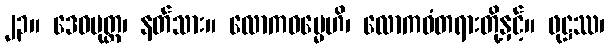
၂၃။ ဒေဝပုတ္တ၊ နတ်သား။ လောကဓမ္မေဟိ၊ လောကဓံတရားတို့နှင့်။ ဖုဋ္ဌဿ၊